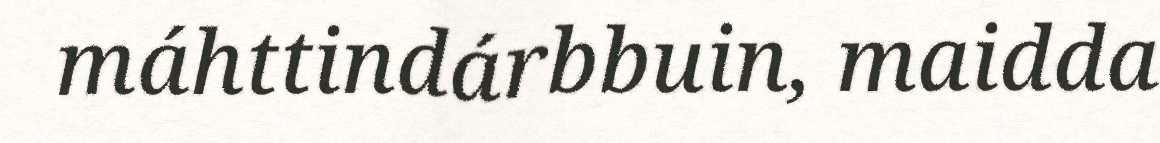
máhttindárbbuin, maidda